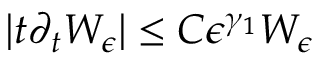
| t \partial _ { t } W _ { \epsilon } | \le C \epsilon ^ { \gamma _ { 1 } } W _ { \epsilon }